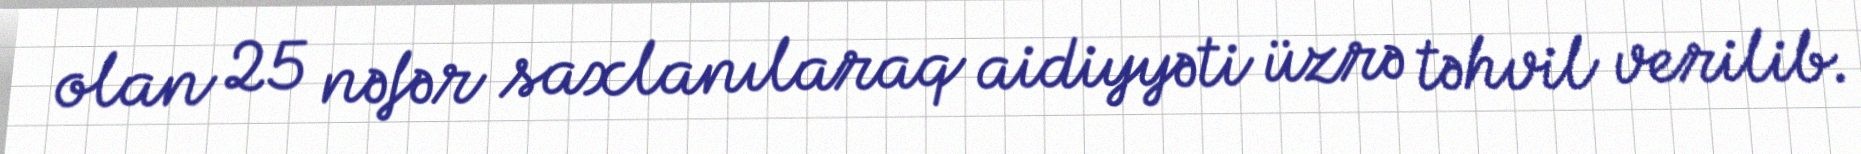
olan 25 nəfər saxlanılaraq aidiyyəti üzrə təhvil verilib.